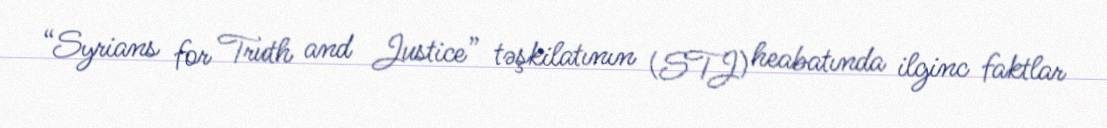
“Syrians for Truth and Justice” təşkilatının (STJ) heabatında ilginc faktlar